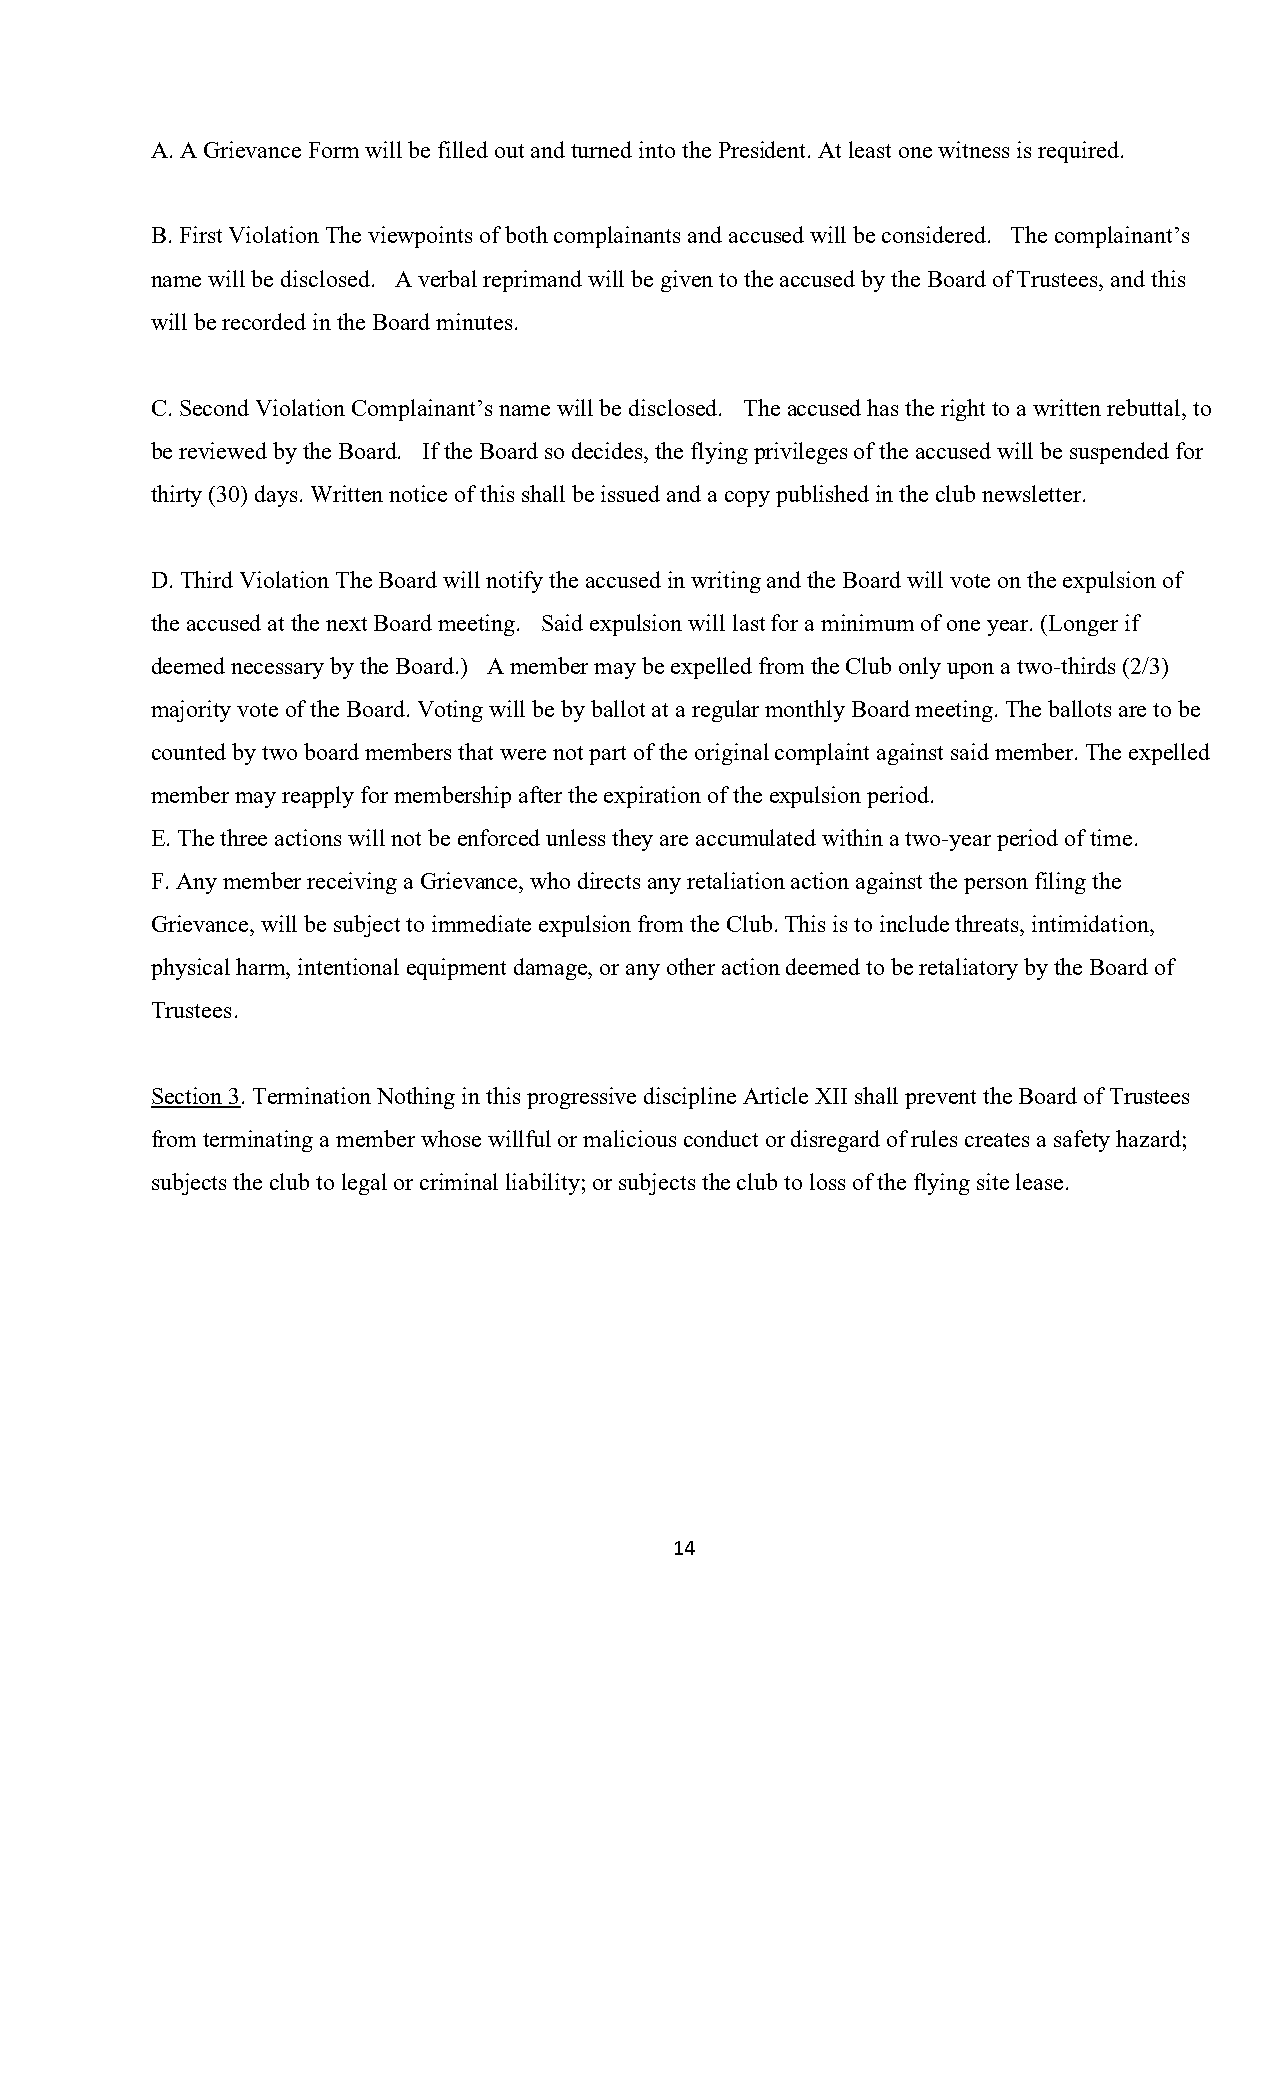
A. A Grievance Form will be filled out and turned into the President. At least one witness is required.
 B. First Violation The viewpoints of both complainants and accused will be considered. The complainant’s
 name will be disclosed. A verbal reprimand will be given to the accused by the Board of Trustees, and this
 will be recorded in the Board minutes.
 C. Second Violation Complainant’s name will be disclosed. The accused has the right to a written rebuttal, to
 be reviewed by the Board. If the Board so decides, the flying privileges of the accused will be suspended for
 thirty (30) days. Written notice of this shall be issued and a copy published in the club newsletter.
 D. Third Violation The Board will notify the accused in writing and the Board will vote on the expulsion of
 the accused at the next Board meeting. Said expulsion will last for a minimum of one year. (Longer if
 deemed necessary by the Board.) A member may be expelled from the Club only upon a two-thirds (2/3)
 majority vote of the Board. Voting will be by ballot at a regular monthly Board meeting. The ballots are to be
 counted by two board members that were not part of the original complaint against said member. The expelled
 member may reapply for membership after the expiration of the expulsion period.
 E. The three actions will not be enforced unless they are accumulated within a two-year period of time.
 F. Any member receiving a Grievance, who directs any retaliation action against the person filing the
 Grievance, will be subject to immediate expulsion from the Club. This is to include threats, intimidation,
 physical harm, intentional equipment damage, or any other action deemed to be retaliatory by the Board of
 Trustees.
 Section 3. Termination Nothing in this progressive discipline Article XII shall prevent the Board of Trustees
 from terminating a member whose willful or malicious conduct or disregard of rules creates a safety hazard;
 subjects the club to legal or criminal liability; or subjects the club to loss of the flying site lease.
 14